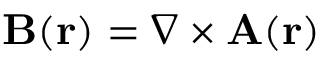
\mathbf { B } ( \mathbf { r } ) = { \boldsymbol { \nabla } } \times \mathbf { A } ( \mathbf { r } )